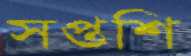
সপ্তশি